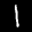
Label: 1